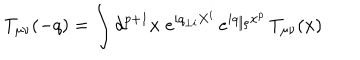
T _ { \mu \nu } ( - q ) = \int d ^ { p + 1 } x \; e ^ { i q _ { \perp i } X ^ { i } } \, e ^ { i q _ { \parallel \rho } x ^ { \rho } } \, T _ { \mu \nu } ( x )